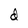
Character: d